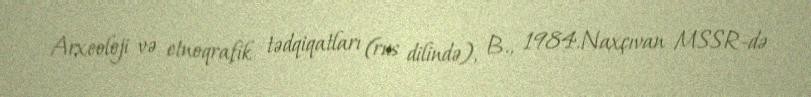
Arxeoloji və etnoqrafik tədqiqatları (rus dilində), B., 1984.Naxçıvan MSSR-də